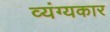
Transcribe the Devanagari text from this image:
व्‍यंग्‍यकार